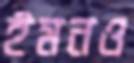
ইমনও